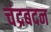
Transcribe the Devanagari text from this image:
चंद्रबदन